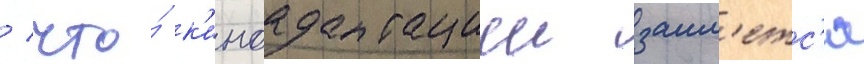
/ что́ к'иноадаптациеи заим'етс'я